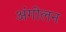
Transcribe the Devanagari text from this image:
अंगोलन